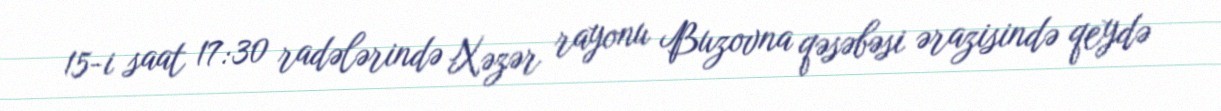
15-i saat 17:30 radələrində Xəzər rayonu Buzovna qəsəbəsi ərazisində qeydə